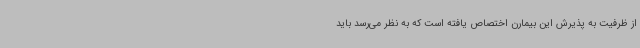
از ظرفیت به پذیرش این بیمارن اختصاص یافته است که به نظر می‌رسد باید